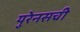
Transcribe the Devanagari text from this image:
युरेनसची